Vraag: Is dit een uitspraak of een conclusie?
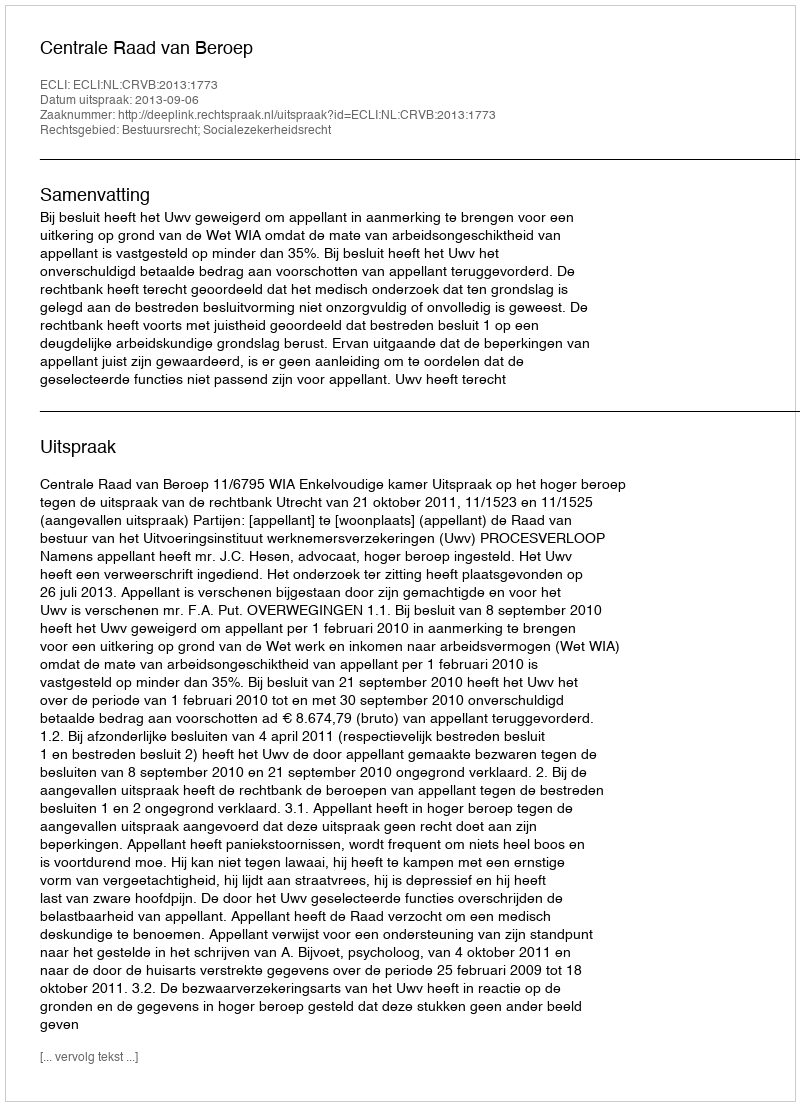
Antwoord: Uitspraak